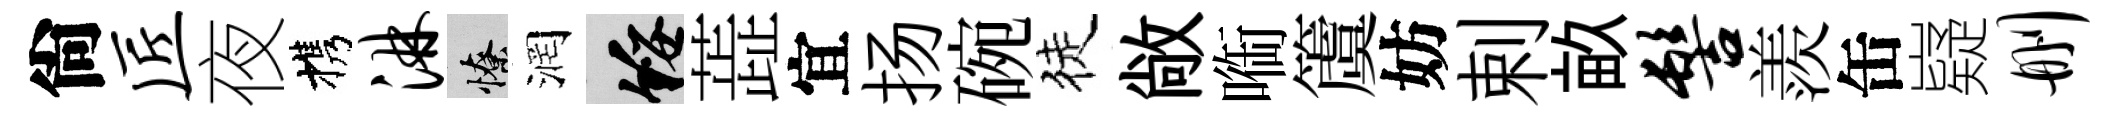
尙匠夜携淋憭润綏蕋宜扬碗徒敞㗸𥵂妨剌畝髻羨缶嶷删